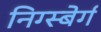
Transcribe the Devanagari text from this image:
निग्स्बेर्ग